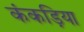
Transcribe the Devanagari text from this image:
कंकड़िया